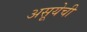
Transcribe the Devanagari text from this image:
असूयेची